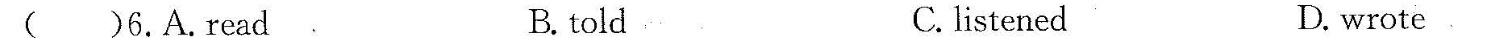
( )5.A.surprised